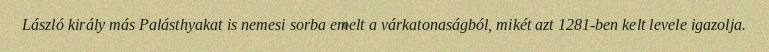
László király más Palásthyakat is nemesi sorba emelt a várkatonaságból, mikét azt 1281-ben kelt levele igazolja.